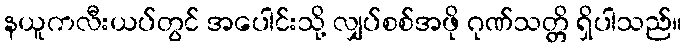
နယူကလီးယပ်တွင် အပေါင်းသို့ လျှပ်စစ်အဖို ဂုဏ်သတ္တိ ရှိပါသည်။